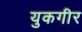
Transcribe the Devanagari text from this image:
युकगीर